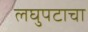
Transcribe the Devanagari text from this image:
लघुपटाचा